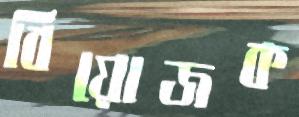
বিয়োজক